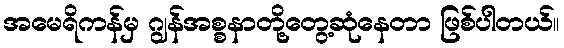
အမေရိကန်မှ ဂျွန်အစ္စနာတို့တွေ့ဆုံနေတာ ဖြစ်ပါတယ်။